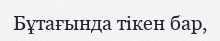
Бұтағында тікен бар,